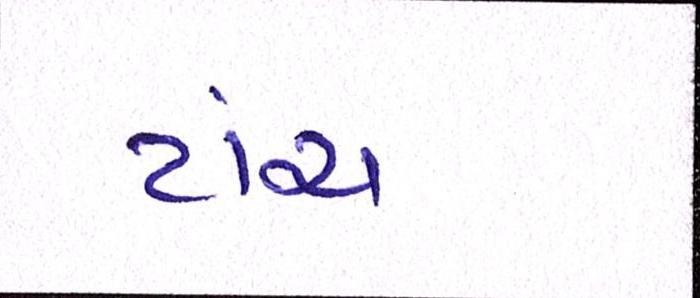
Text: ટાંચ